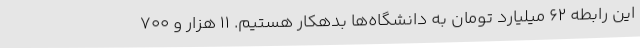
این رابطه 62 میلیارد تومان به دانشگاه‌ها بدهکار هستیم. 11 هزار و 700